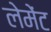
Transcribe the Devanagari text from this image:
लेमेंट